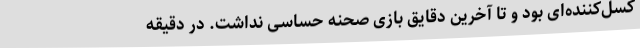
کسل‌کننده‌ای بود و تا آخرین دقایق بازی صحنه حساسی نداشت. در دقیقه